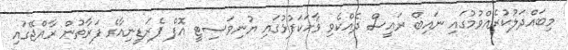
މިބައްދަލުކުރެއްވުމުގައި ނައިބް ރައީސް ދެއްކެވި ވާހަކަފުޅުގައި ޔުނިވަސިޓީ އޮފް ޕެރަޑީނިއާގެ ފަރާތުން ރާއްޖޭގައި